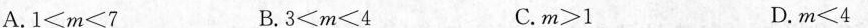
A.$$1 < m < 7$$ B.$$3 < m < 4$$ C.$$m > 1$$ D.$$m < 4$$